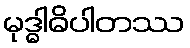
မုဒ္ဓါဓိပါတဿ